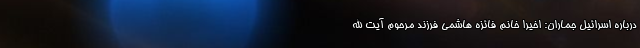
درباره اسرائیل جماران: اخیرا خانم فائزه هاشمی فرزند مرحوم آیت الله